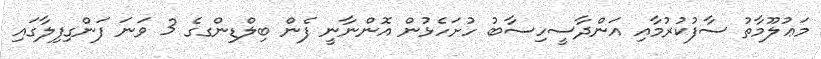
މަޢުލޫމާތު ސާފުކުރުމާއި އަންދާސީހިސާބު ހުށަހެޅުން އޮންނާނީ ފެން ބިލްޑިންގގެ 3 ވަނަ ފަންގިފިލާގައި